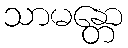
သာမန္တော